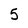
Character: 5